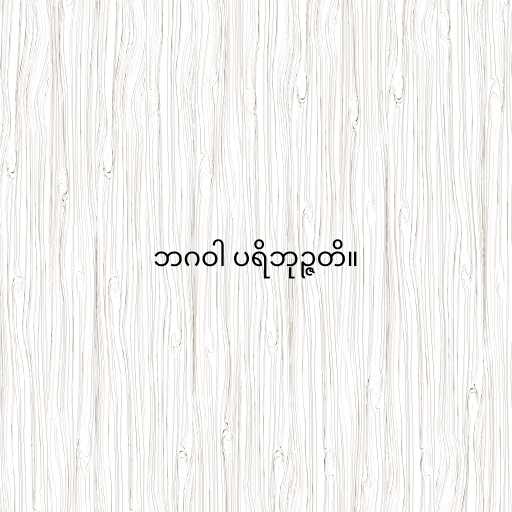
ဘဂဝါ ပရိဘုဉ္ဇတိ။